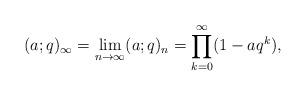
LaTeX: \begin{align*}(a; q)_\infty=\lim_{n\to \infty} (a; q)_n=\prod_{k=0}^\infty (1-aq^k),\end{align*}